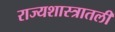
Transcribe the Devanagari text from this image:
राज्यशास्त्रातली